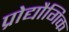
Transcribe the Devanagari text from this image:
प्रोद्यौगिक